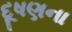
દૂષણના